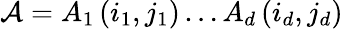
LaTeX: \mathcal{A}=A_{1}\left(i_{1},j_{1}\right)\ldots A_{d}\left(i_{d},j_{d}\right)